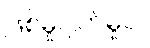
ဖြစ်မှုပျက်မှုပဲ။